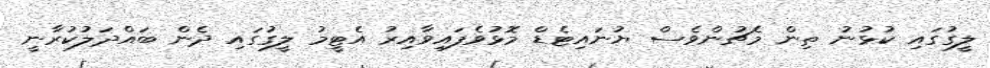
ލީގުގައި ކުޅުނު ތިން މެޗުންވެސް ޔުނައިޓެޑް މޮޅުވެފައިވާއިރު އެޓީމު ލީގުގައި ދެން ބައްދަލުކުރާނީ